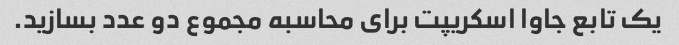
یک تابع جاوا اسکریپت برای محاسبه مجموع دو عدد بسازید.